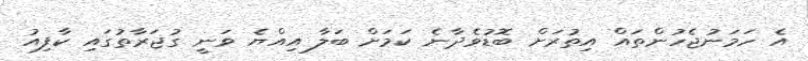
އެ ހަމަނުޖެހުންތައް އިތުރަށް ބޮޑުވެދާނެ ކަމަށް ބަލާ އިއްޔެ ވަނީ ގުޖަރާތުގައި ކާފިއު